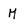
Character: M